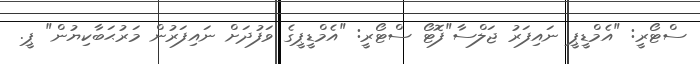
ސްޓޯރީ: "އެމްޑީޕީ ނައިފަރު ޖަލްސާ"ފޮޓޯ ސްޓޯރީ: "އެމްޑީޕީގެ ވަފުދަށް ނައިފަރުން މަރުޙަބާކިޔުން" ޕީ.